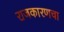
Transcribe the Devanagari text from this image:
राजकारणचा